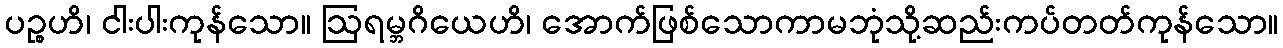
ပဉ္စဟိ၊ ငါးပါးကုန်သော။ ဩရမ္ဘဂိယေဟိ၊ အောက်ဖြစ်သောကာမဘုံသို့ဆည်းကပ်တတ်ကုန်သော။